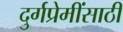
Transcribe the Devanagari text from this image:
दुर्गप्रेमींसाठी